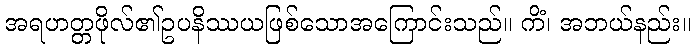
အရဟတ္တဖိုလ်၏ဥပနိဿယဖြစ်သောအကြောင်းသည်။ ကိံ၊ အဘယ်နည်း။